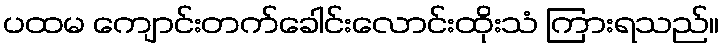
ပထမ ကျောင်းတက်ခေါင်းလောင်းထိုးသံ ကြားရသည်။